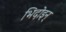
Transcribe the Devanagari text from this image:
भिदोइन्